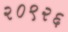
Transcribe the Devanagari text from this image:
२०९२६